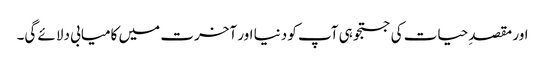
اور مقصدِ حیات کی جستجو ہی آپ کو دنیا اور آخرت میں کامیابی دلائے گی۔